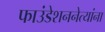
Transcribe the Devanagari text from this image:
फाउंडेशननेत्यांना